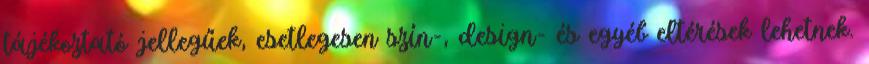
tájékoztató jellegűek, esetlegesen szín-, design- és egyéb eltérések lehetnek.